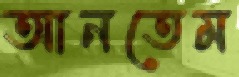
আনতেম